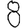
Digit: 8